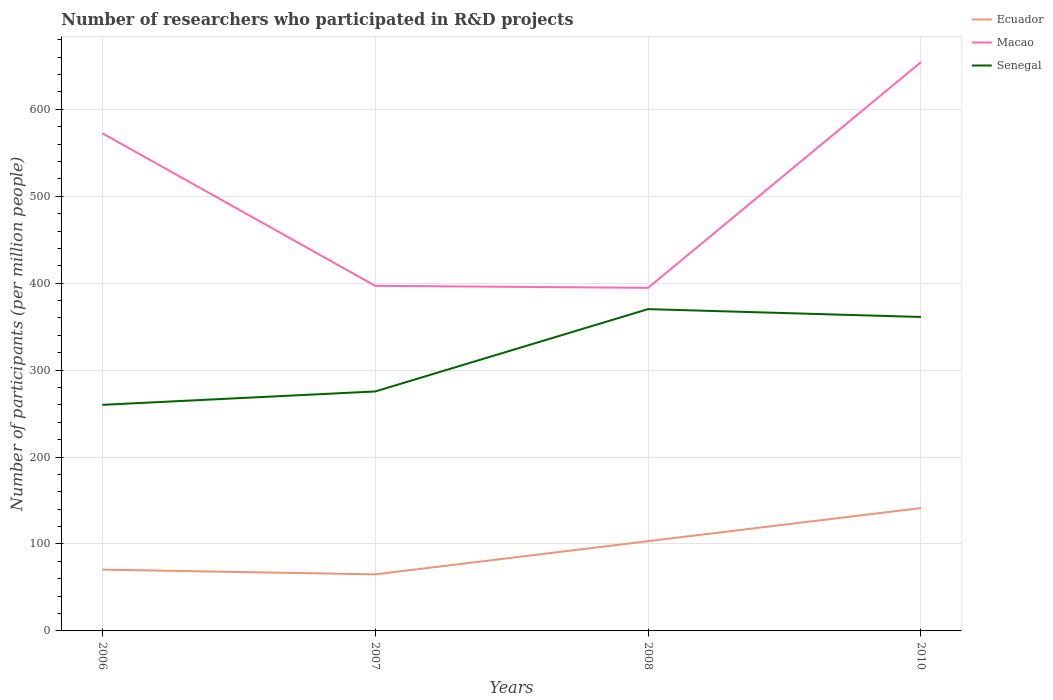
| Years | Ecuador | Macao | Senegal |
 | --- | --- | --- | --- |
 | 2006 | 70.5 | 572 | 260 |
 | 2007 | 65 | 397 | 275 |
 | 2008 | 103 | 395 | 370 |
 | 2010 | 141 | 654 | 361 |